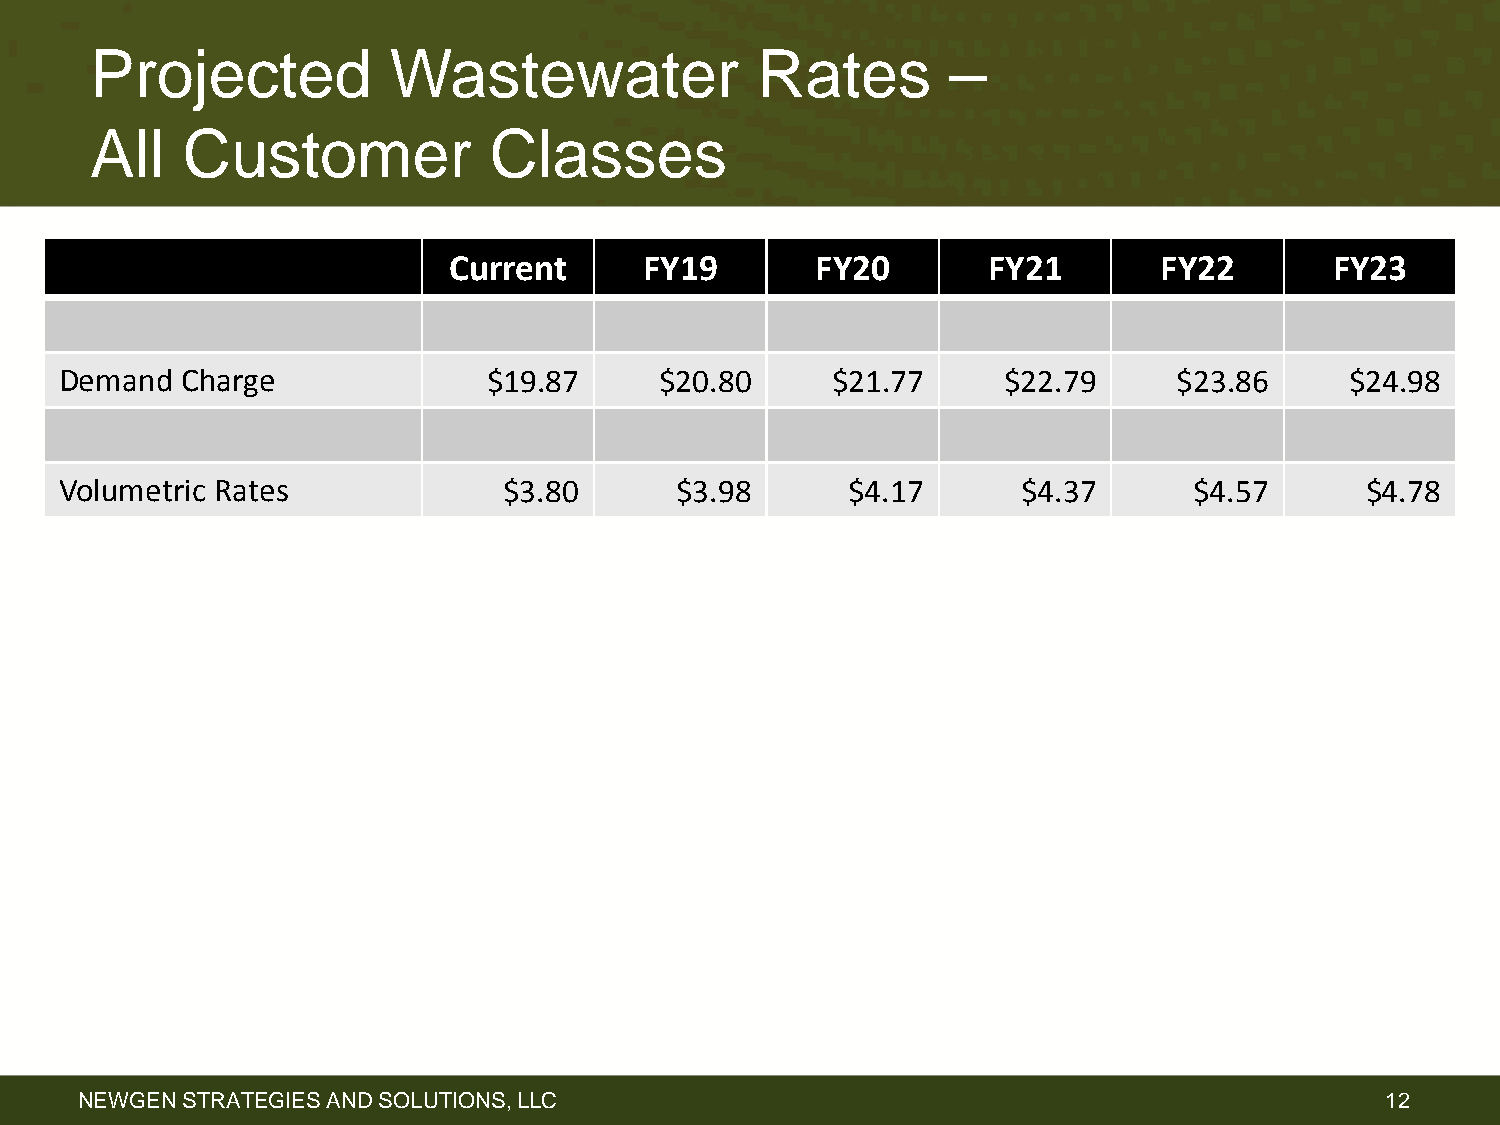
Projected           Wastewater              Rates        –
 All   Customer            Classes
 Current      FY19       FY20       FY21        FY22       FY23
 Demand  Charge              $19.87      $20.80     $21.77     $22.79      $23.86     $24.98
 Volumetric Rates             $3.80       $3.98      $4.17       $4.37      $4.57      $4.78
 NEWGEN STRATEGIES AND SOLUTIONS, LLC                                                   12